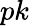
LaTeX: pk